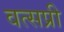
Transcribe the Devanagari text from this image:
वत्सप्री